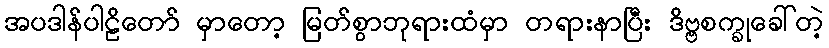
အပဒါန်ပါဠိတော် မှာတော့ မြတ်စွာဘုရားထံမှာ တရားနာပြီး ဒိဗ္ဗစက္ခုခေါ်တဲ့